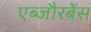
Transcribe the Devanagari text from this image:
एब्जौरबेंस